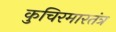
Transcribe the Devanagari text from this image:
कुचिरमारतंत्र